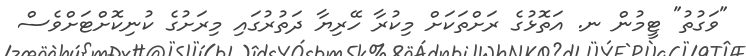
"ވަގުތު" ޓީމުން ނ. އަތޮޅުގެ ރަށްތަކަށް މިކުރާ ހޭރިޔާ ދަތުރުގައި މިރަށުގެ ކުނިކޮށްޓަށްވެސް